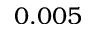
0 . 0 0 5